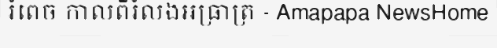
រំពេច កាលពីរំលងអធ្រាត្រ - Amapapa NewsHome